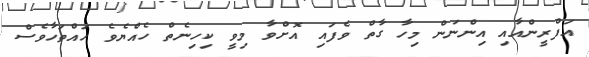
އަފްރީންއާއި އިންނަން މިހާ ގާތް ވެފައި އޮށްވާ މިވީ ކިހިނެތް ހެއްޔެވެ ހައްތަހާވެސް